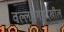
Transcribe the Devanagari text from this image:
वल्लभगडदेखील